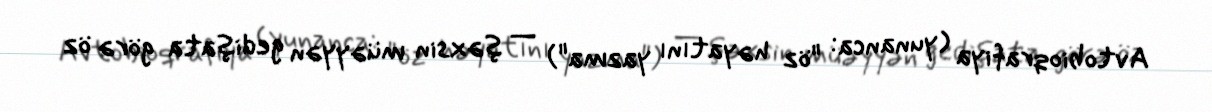
Avtobioqrafiya (yunanca: "öz həyatını yazma") — şəxsin müəyyən gedişata görə öz